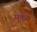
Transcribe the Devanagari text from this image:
मुकत